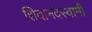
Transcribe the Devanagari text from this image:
शिवानंदस्वामी